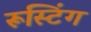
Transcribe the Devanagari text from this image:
रूस्टिंग